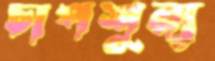
চাপশূন্য